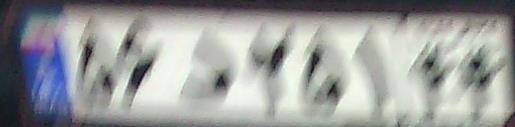
۵۶د۲۵۱۴۴